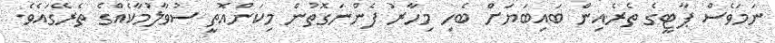
ނަމަވެސް ޕާޓީގެ ތެރެއިން ބައިބަޔަށް ބެހި މިހާރު ފެންނަގޮތުން މިކަންއޮތީ ސުވާލުމާކެއްގެ ތެރޭގައެވެ.